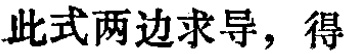
此式两边求导，得